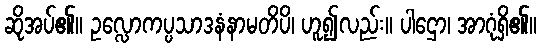
ဆိုအပ်၏။ ဥလ္လောကပ္ပသာဒနံနာမတိပိ၊ ဟူ၍လည်း။ ပါဌော၊ အာဂုံရှိ၏။